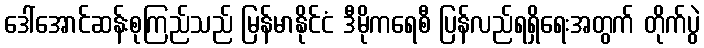
ဒေါ်အောင်ဆန်းစုကြည်သည် မြန်မာနိုင်ငံ ဒီမိုကရေစီ ပြန်လည်ရရှိရေးအတွက် တိုက်ပွဲ